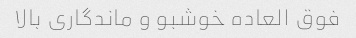
فوق العاده خوشبو و ماندگاری بالا